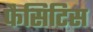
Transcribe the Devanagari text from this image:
फैसिटिस